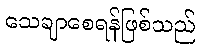
သေချာစေရန်ဖြစ်သည်